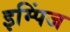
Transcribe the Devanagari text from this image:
इम्पिंज